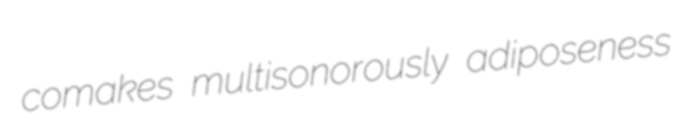
comakes multisonorously adiposeness